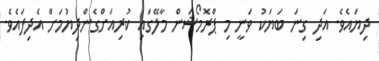
ދިޔައެވެ. އަދި ގިނަ ބަޔަކު ވަނީ މި ޕްރޮމޯޝަން މާލޭގައި ކުރިއަށްގެންދިޔުމަށް އެދިފައެވެ.